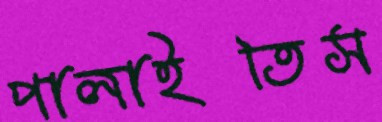
পালাইতিস